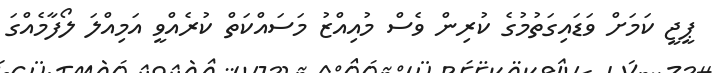
ޕީޖީ ކަމަށް ވަޑައިގަތުމުގެ ކުރިން ވެސް މުއިއްޒު މަސައްކަތް ކުރެއްވީ އަމިއްލަ ލޯފާމެއްގަ